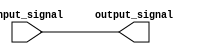
module latch_behavioural (
  input wire input_signal,
  output reg output_signal
);

always @(*) begin
  output_signal = input_signal;
end

endmodule